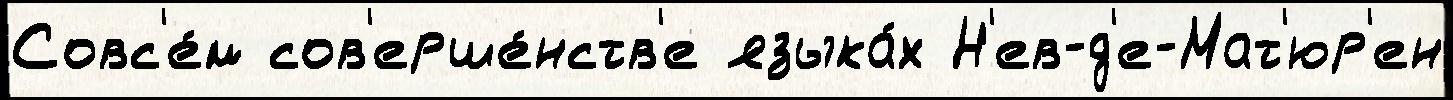
Совс'е́м сов'ерше́нств'е языка́х Н'ев-д'е-Мат'юр'ен